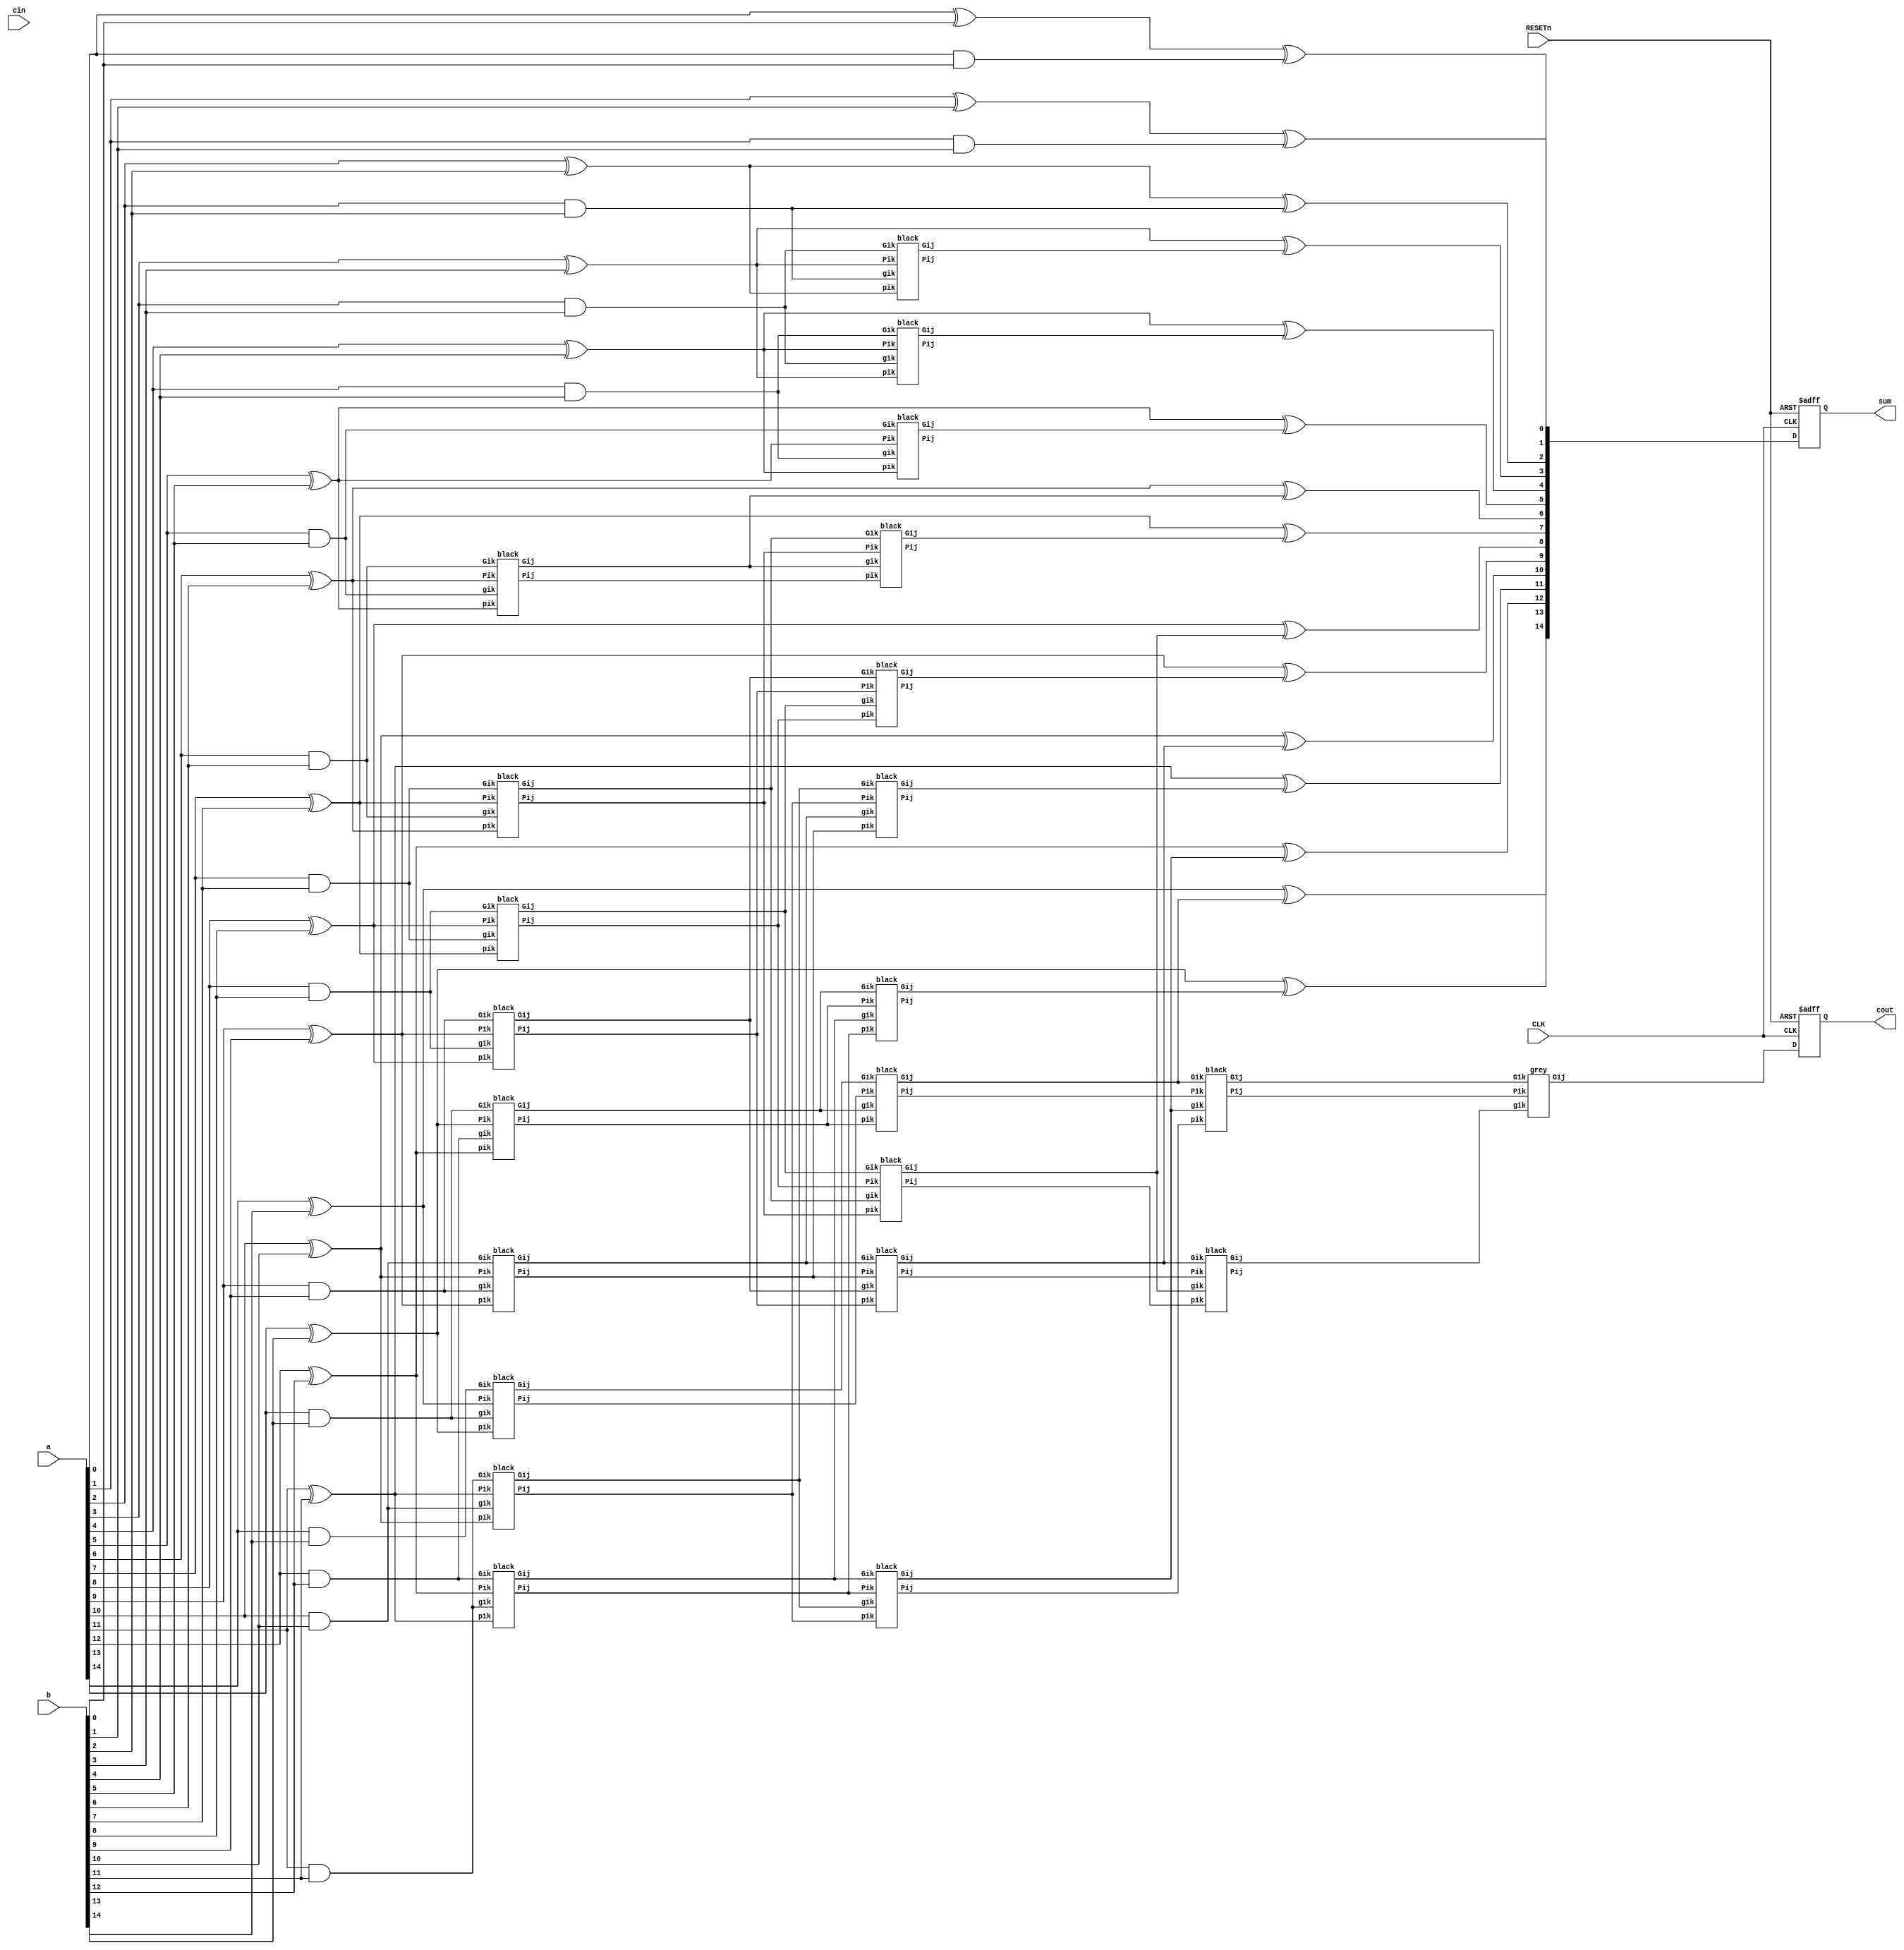
module kogge_stone_adder(a, b, cin, sum, cout, CLK, RESETn);
    parameter bw = 16;
    parameter stage = 4;

	input 					CLK;
	input 					RESETn;
	input  		[bw - 1:1]  a, b;
    input          			cin;
    output reg 	[bw - 1:1]  sum;
    output reg     			cout;
	
	wire [bw - 1:0] G1 [stage:0];
    wire [bw - 1:0] P1 [stage:0];
	wire [bw - 1:1] SUM;
	wire 		COUT;

    genvar i, j;

    generate
		for(i = 0; i < stage; i = i + 1) begin  : Pre_processing_1
			assign P1[i][0] = 0;
			assign G1[i][0] = cin;
		end
	endgenerate

	generate
		for(i = 1; i < bw; i = i + 1) begin : Pre_processing_2
			assign P1[0][i] = a[i] ^ b[i];
            assign G1[0][i] = a[i] & b[i];
        end
	endgenerate

	generate
        for(i = 0; i < stage; i = i + 1) begin : loop_1
            if(i == 0) begin
                for(j = 2**i; j < bw; j = j + 1) begin   : Carry_look_ahead_network_first
                    black B_Cell(G1[0][j], P1[0][j], G1[0][j - 1], P1[0][j - 1], G1[1][j], P1[1][j]);
				end
				grey G_cell(G1[0][1], P1[0][1], G1[0][0], G1[1][1]);
				assign G1[1][0] = G1[0][0];
				assign P1[1][0] = P1[0][0];
				assign SUM[1]   = P1[0][1] ^ G1[0][1];
			end else if(i == stage - 1) begin
				for(j = 2**i; j < 2**(i + 1); j = j + 1) begin : Post_processing_1
                    grey G_cell(G1[i][j], P1[i][j], G1[i][j - 2**(i - 1)], G1[i + 1][j]);
					assign SUM[j] = P1[0][j] ^ G1[i - 1][j];
                end
				for(j = 0; j < 2**i; j = j + 1) begin          : Post_processing_2
					assign G1[i][j] = G1[i - 1][j];
					assign P1[i][j] = P1[i - 1][j];
				end
            end else begin                                  
				for(j = 2**(i + 1); j < bw; j = j + 1) begin   : Carry_look_ahead_network_1
                    black B_Cell(G1[i][j], P1[i][j], G1[i][j - 2**(i - 1)], P1[i][j - 2**(i - 1)], G1[i + 1][j], P1[i + 1][j]);
				end
                for(j = 2**i; j < 2**(i + 1); j = j + 1) begin : Carry_look_ahead_network_2
                    grey G_cell(G1[i][j], P1[i][j], G1[i][j - 2**(i - 1)], G1[i + 1][j]);
					assign SUM[j] = P1[0][j] ^ G1[i - 1][j];
                end
				for(j = 0; j < 2**i; j = j + 1) begin          : Carry_look_ahead_network_3
					assign G1[i][j] = G1[i - 1][j];
					assign P1[i][j] = P1[i - 1][j];
				end
			end
		end
	endgenerate

	assign COUT = G1[4][15];

	always @(posedge CLK or negedge RESETn) begin
		if(!RESETn) begin
			sum  <= 0;
			cout <= 0;
		end else begin
			sum  <= SUM;
			cout <= COUT;
		end
	end

endmodule

module grey(Gik, Pik, gik, Gij);
	
	input  wire Gik;
  	input  wire Pik;
  	input  wire gik;
  	output wire Gij;
	
	assign Gij = Gik | (Pik & gik);

endmodule

module black(Gik, Pik, gik, pik, Gij, Pij);
	
	input  wire Gik;
  	input  wire Pik;
  	input  wire gik;
	input  wire pik;
  	output wire Gij;
	output wire Pij;

	assign Gij = Gik | (Pik & gik);
	assign Pij = Pik & pik;

endmodule